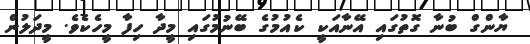
ޔާންގް ބުނާ ގޮތުގައި އޭނާއަކީ ކެއުމުގެ ބޭނުމުގައި މީދާ ހިފާ މީހެކެވެ. މީދަލުން